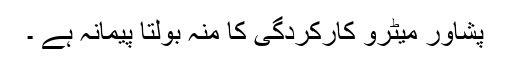
پشاور میٹرو کارکردگی کا منہ بولتا پیمانہ ہے ۔